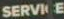
SERVICE